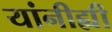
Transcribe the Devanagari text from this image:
यांनीह्यी